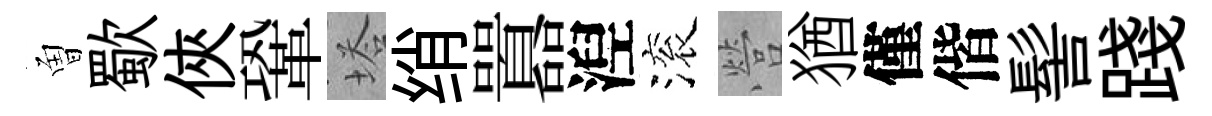
曽歜俠鞏塔绡囂湼滚營猶僅偕髻踐